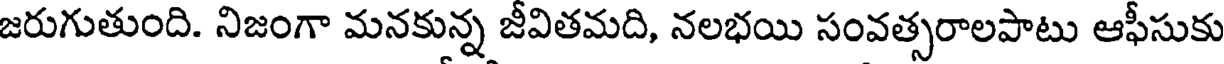
జరుగుతుంది. నిజంగా మనకున్న జీవితమది, నలభయి సంవత్సరాలపాటు ఆఫీసుకు